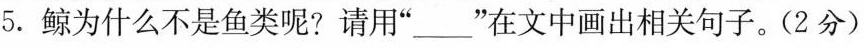
5.鲸为什么不是鱼类呢?请用”____”在文中画出相关句子。(2分)